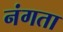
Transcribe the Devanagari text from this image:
नंगता